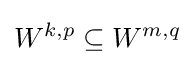
W^{k,p}\subseteq W^{m,q}